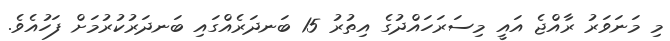
މި މަނަވަރު ރާއްޖެ އައީ މިސަރަހައްދުގެ އިތުރު 15 ބަނދަރެއްގައި ބަނދަރުކުރުމަށް ފަހުއެވެ.